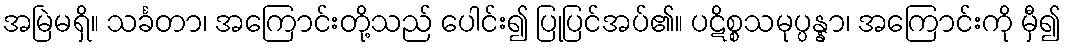
အမြဲမရှိ။ သင်္ခတာ၊ အကြောင်းတို့သည် ပေါင်း၍ ပြုပြင်အပ်၏။ ပဋိစ္စသမုပ္ပန္နာ၊ အကြောင်းကို မှီ၍